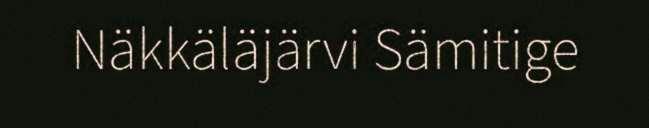
Näkkäläjärvi Sämitige